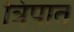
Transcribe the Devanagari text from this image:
त्रिपात